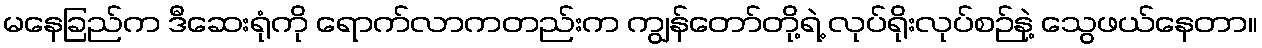
မနေခြည်က ဒီဆေးရုံကို ရောက်လာကတည်းက ကျွန်တော်တို့ရဲ့ လုပ်ရိုးလုပ်စဉ်နဲ့ သွေဖယ်နေတာ။